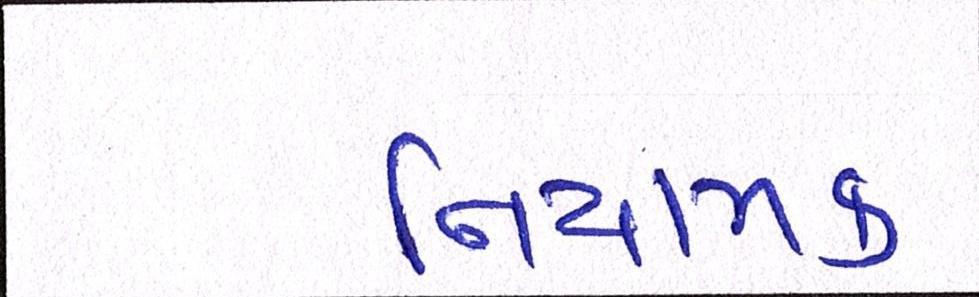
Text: નિયામક